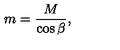
m = \frac { M } { \cos { \beta } } ,